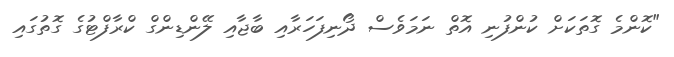
"ކޮންމެ ގޮތަކަށް ކުންފުނި އޮތް ނަމަވެސް ދޯނިފަހަރާއި ބާޖާއި ލޭންޑިންގް ކްރާފްޓުގެ ގޮތުގައި